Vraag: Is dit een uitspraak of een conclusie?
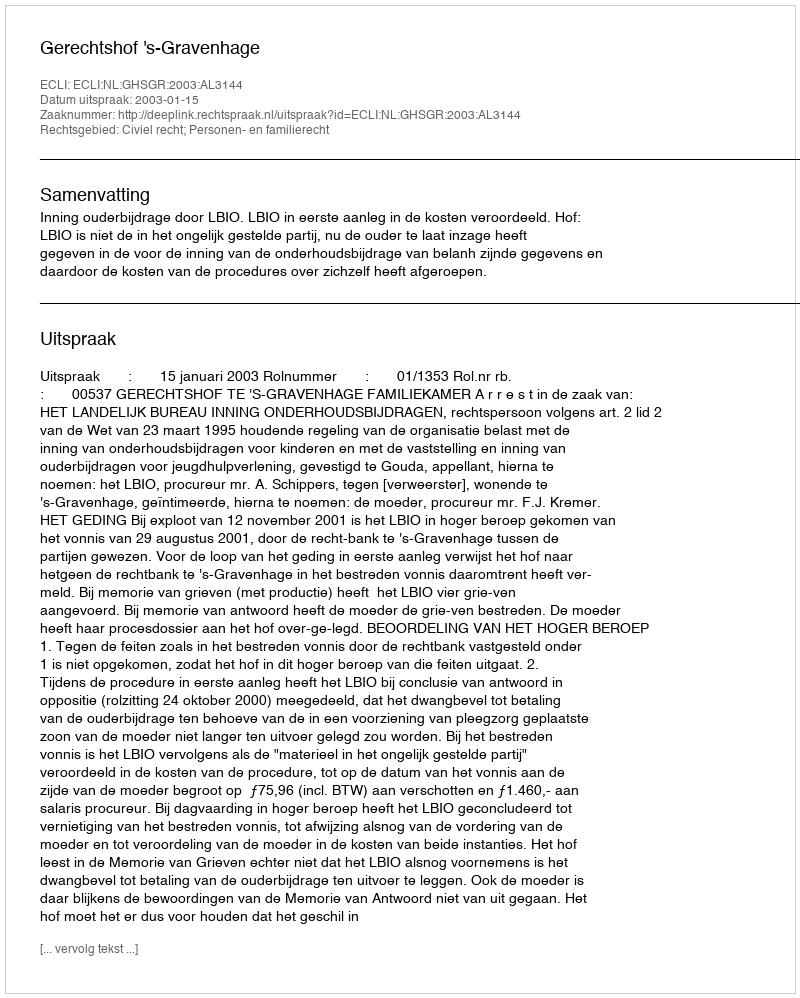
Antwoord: Uitspraak